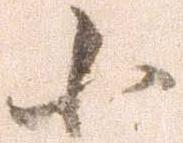
小